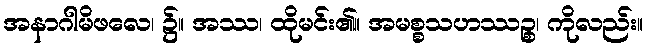
အနာဂါမိဖလေ၊ ၌။ အဿ၊ ထိုမင်း၏။ အမစ္စသဟဿဉ္စ၊ ကိုလည်း။